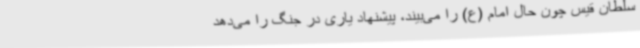
سلطان قیس چون حال امام (ع) را می‌بیند، پیشنهاد یاری در جنگ را می‌دهد